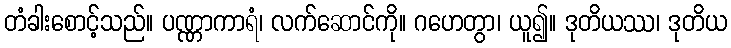
တံခါးစောင့်သည်။ ပဏ္ဏာကာရံ၊ လက်ဆောင်ကို။ ဂဟေတွာ၊ ယူ၍။ ဒုတိယဿ၊ ဒုတိယ